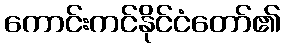
ကောင်းကင်နိုင်ငံတော်၏